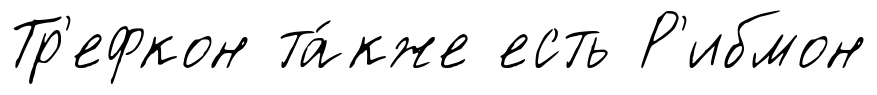
Тр'ефкон та́кже есть Р'ибмон